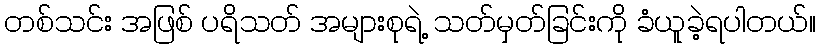
တစ်သင်း အဖြစ် ပရိသတ် အများစုရဲ့ သတ်မှတ်ခြင်းကို ခံယူခဲ့ရပါတယ်။